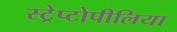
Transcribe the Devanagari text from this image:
स्ट्रेप्टोपीलिया